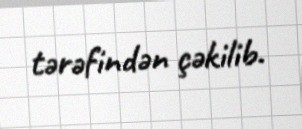
tərəfindən çəkilib.